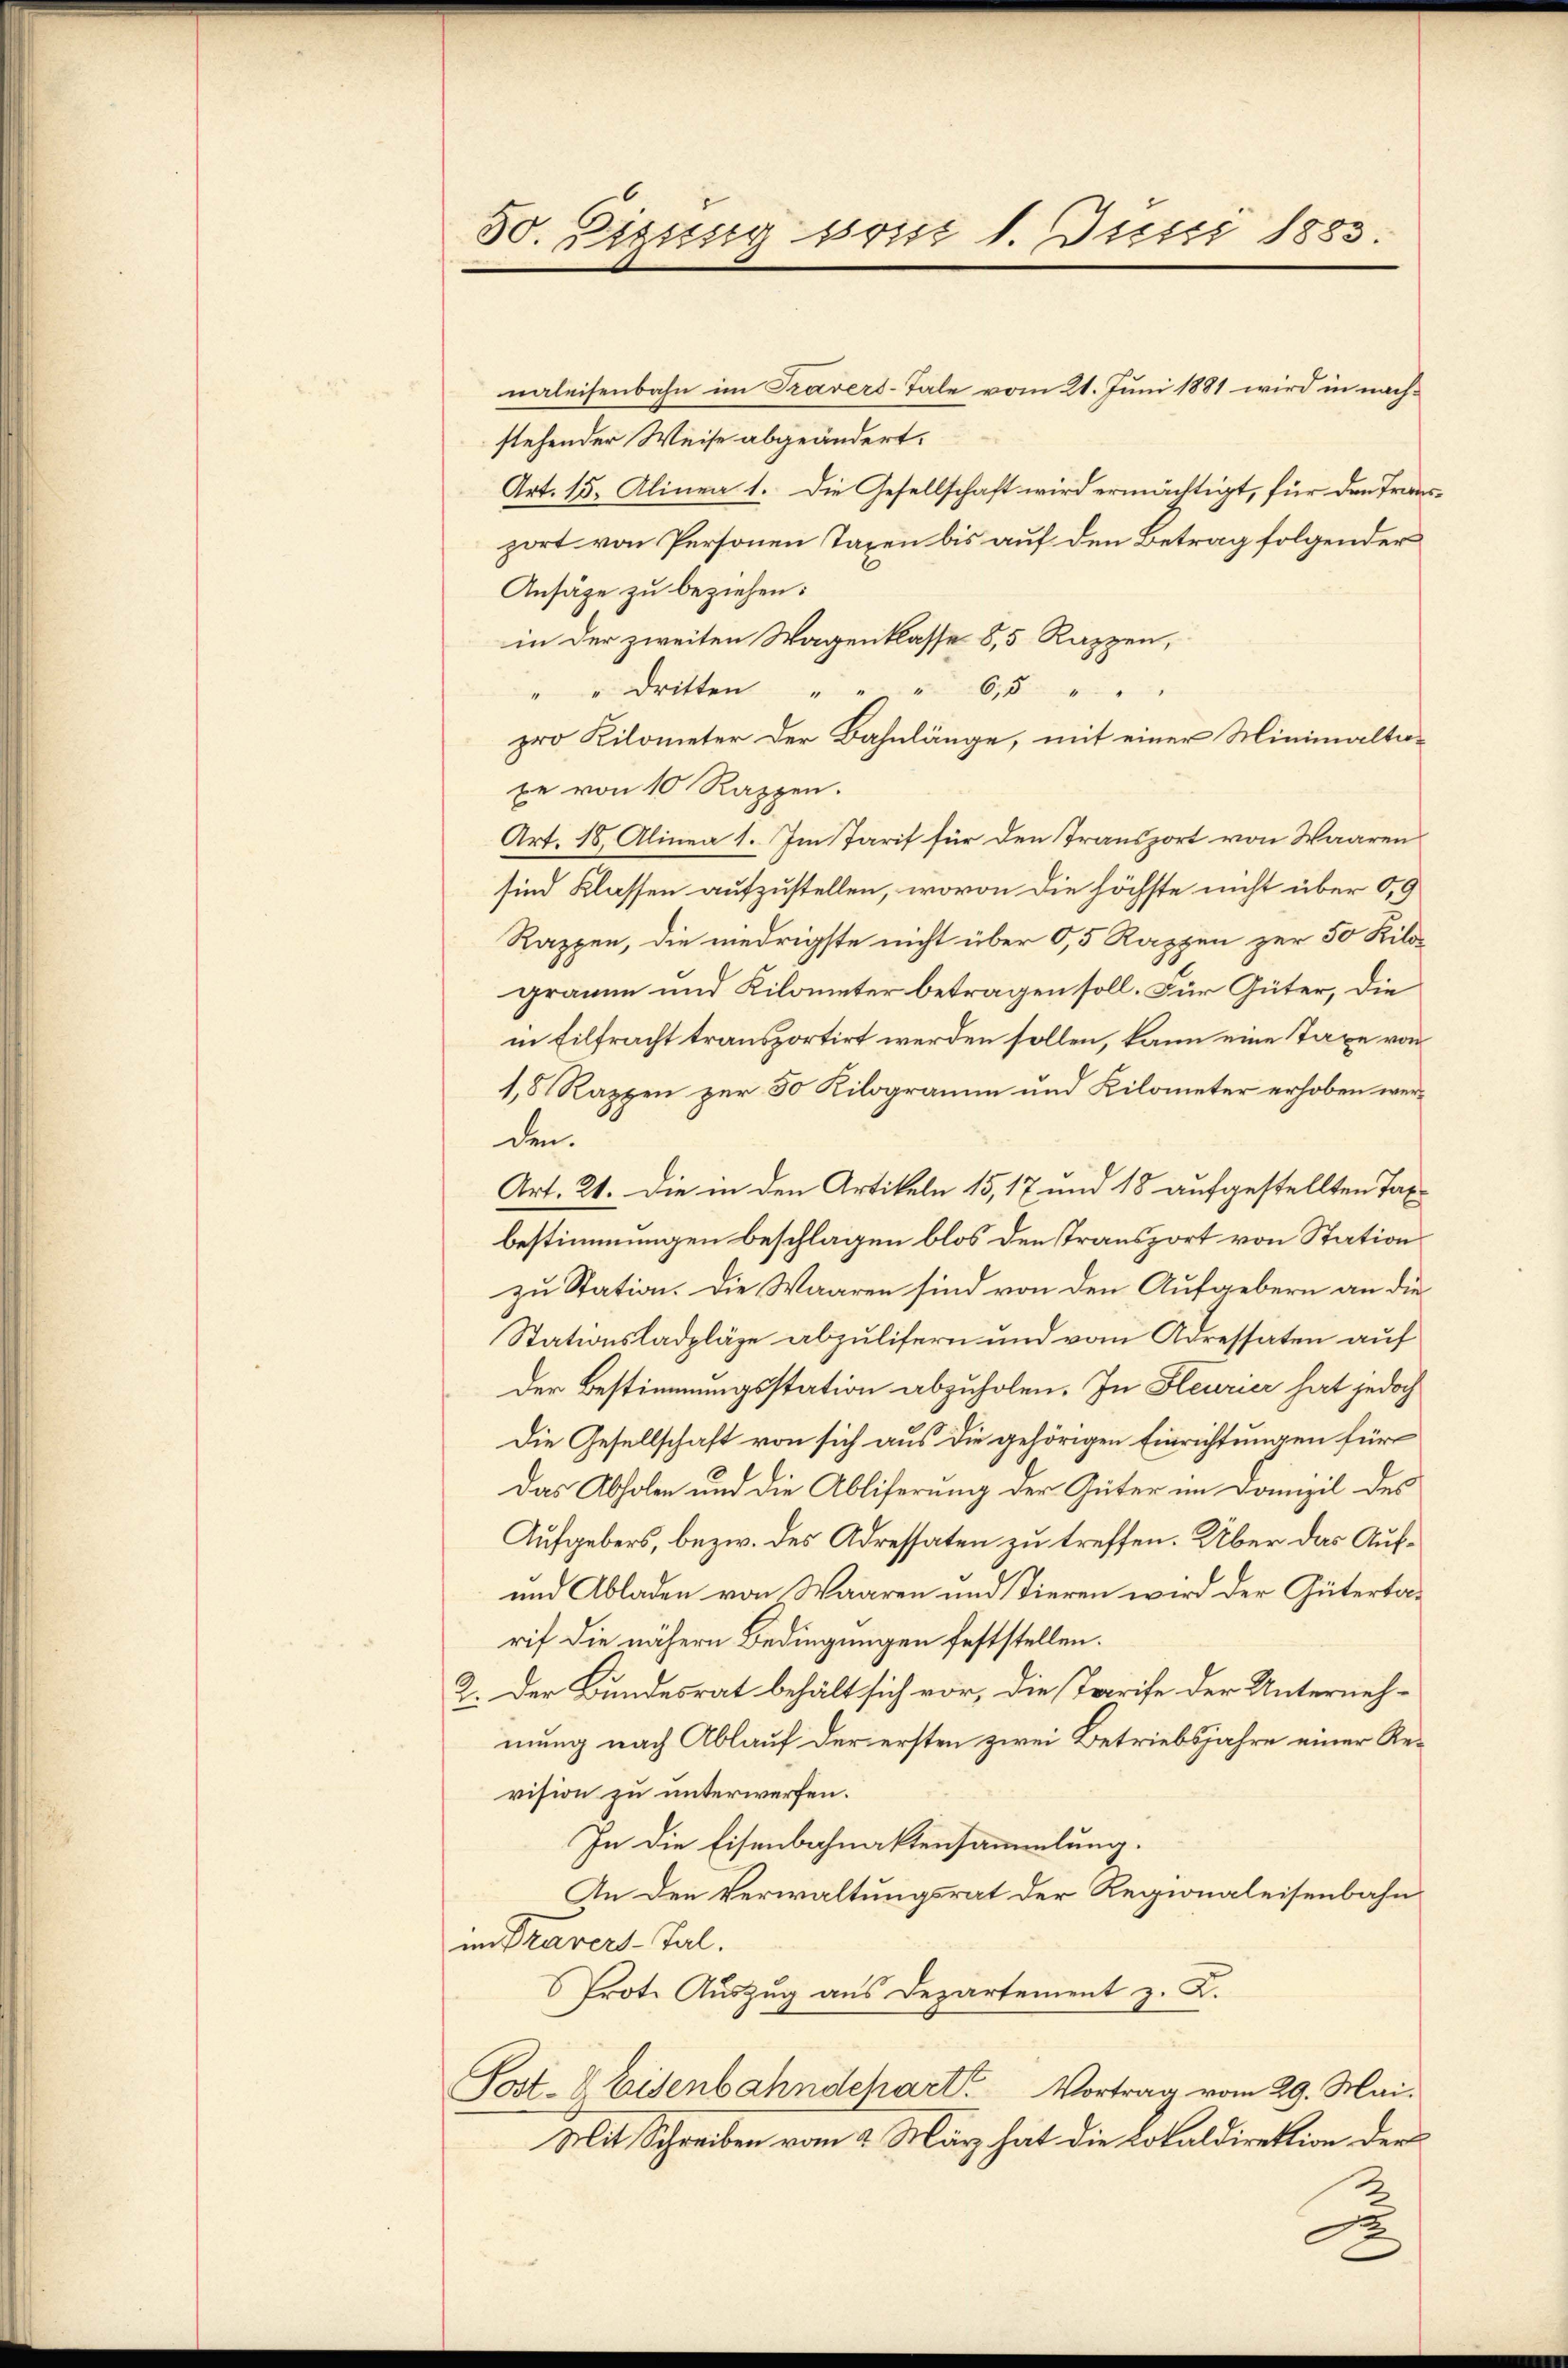
30. Dizsssig seit 1. Junii 1883.

naleisenbahn im Prävers-Tale vom 21. Juni 1881 wird in nachstehender Weise abgeändert.
Art. 15. Alinea 1. Die Gesellschaft wird ermächtigt, für den Transport von Personen Taxen bis auf den Betrag folgender
Ansäge zu beziehen:
in der zweiten Wagenklasse 8, 5 Rappen,
" " dritten " " " 65 " "
pro Kilometer der Bahnlänge, mit einer Minimaltaxe von 10 Rappen.
Art. 18. Alinea 1. Im Tarif für den Transport von Waaren
sind Klassen aufzustellen, wovon die höchste nicht über 0,9
Rappen, die niedrigste nicht über 0,5 Rappen zur 50 Kilogramm und Kilometer betragen soll. Für Güter, die
in Eilfracht transportirt werden sollen, kann eine Taxe von
1,8 Rappen zur 30 Kilogramm und Kilometer erhoben werden.
Art. 21. Die in den Artikeln 15, 17 und 18 aufgestellten Taxbestimmungen beschlagen blos den Transport von Station
zu Station. Die Waaren sind von den Aufgebern an die
Stationsladpläge abzulifern und vom Adressaten auf
der Bestimmungsstation abzuholen. In Hleurier hat jedoch
Die Gesellschaft von sich aus die gehörigen Einrichtungen für
Das Abholen und die Abliferung der Güter im Domizil des
Aufgebers, bezw. des Adressaten zu treffen. Über das Auf¬
und Abladen von Waaren und Tieren wird der Gütertarif die nähern Bedingungen feststellen.
2. Der Bundesrat behält sich vor, die Tarife der Unternehmung nach Ablauf der ersten zwei Betriebsjahre einer Revision zu unterwerfen.
In die Eisenbahnaktensammlung.
An den Verwaltungsrat der Regionaleisenbahn
in Travers-Tal.
Prote Auszug aus Departement z. K.
Post- & Eisenbahndchart. Vortrag vom 29. Mai.
Mit Schreiben vom 2. März hat die Lokaldirektion der

.